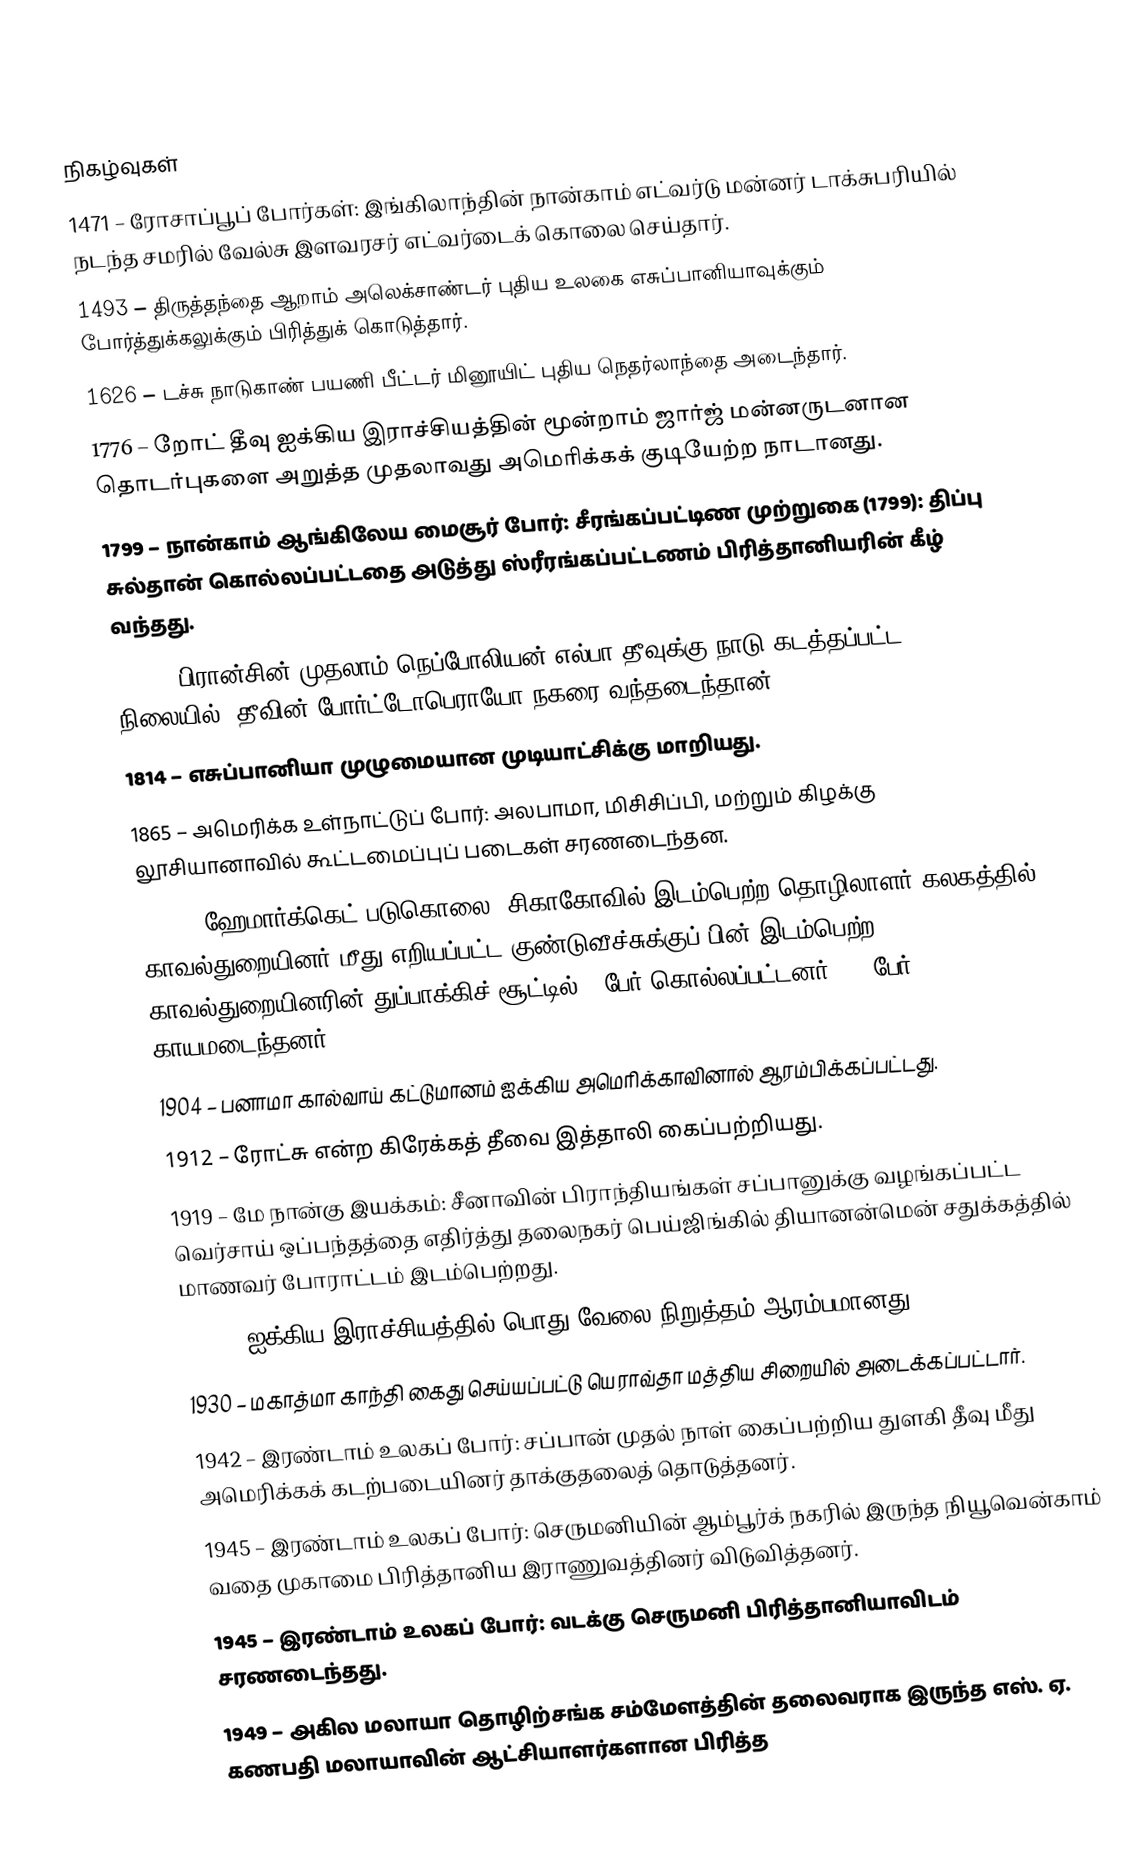

நிகழ்வுகள்
1471 – ரோசாப்பூப் போர்கள்: இங்கிலாந்தின் நான்காம் எட்வர்டு மன்னர் டாக்சுபரியில் நடந்த சமரில் வேல்சு இளவரசர் எட்வர்டைக் கொலை செய்தார்.
1493 – திருத்தந்தை ஆறாம் அலெக்சாண்டர் புதிய உலகை எசுப்பானியாவுக்கும் போர்த்துக்கலுக்கும் பிரித்துக் கொடுத்தார்.
1626 – டச்சு நாடுகாண் பயணி பீட்டர் மினூயிட் புதிய நெதர்லாந்தை அடைந்தார்.
1776 – றோட் தீவு ஐக்கிய இராச்சியத்தின் மூன்றாம் ஜார்ஜ் மன்னருடனான தொடர்புகளை அறுத்த முதலாவது அமெரிக்கக் குடியேற்ற நாடானது.
1799 – நான்காம் ஆங்கிலேய மைசூர் போர்: சீரங்கப்பட்டிண முற்றுகை (1799): திப்பு சுல்தான் கொல்லப்பட்டதை அடுத்து ஸ்ரீரங்கப்பட்டணம் பிரித்தானியரின் கீழ் வந்தது.
1814 – பிரான்சின் முதலாம் நெப்போலியன் எல்பா தீவுக்கு நாடு கடத்தப்பட்ட நிலையில், தீவின் போர்ட்டோபெராயோ நகரை வந்தடைந்தான்.
1814 – எசுப்பானியா முழுமையான முடியாட்சிக்கு மாறியது.
1865 – அமெரிக்க உள்நாட்டுப் போர்: அலபாமா, மிசிசிப்பி, மற்றும் கிழக்கு லூசியானாவில் கூட்டமைப்புப் படைகள் சரணடைந்தன.
1886 – ஹேமார்க்கெட் படுகொலை: சிகாகோவில் இடம்பெற்ற தொழிலாளர் கலகத்தில் காவல்துறையினர் மீது எறியப்பட்ட குண்டுவீச்சுக்குப் பின் இடம்பெற்ற காவல்துறையினரின் துப்பாக்கிச் சூட்டில் 8 பேர் கொல்லப்பட்டனர். 60 பேர் காயமடைந்தனர்.
1904 – பனாமா கால்வாய் கட்டுமானம் ஐக்கிய அமெரிக்காவினால் ஆரம்பிக்கப்பட்டது.
1912 – ரோட்சு என்ற கிரேக்கத் தீவை இத்தாலி கைப்பற்றியது.
1919 – மே நான்கு இயக்கம்: சீனாவின் பிராந்தியங்கள் சப்பானுக்கு வழங்கப்பட்ட வெர்சாய் ஒப்பந்தத்தை எதிர்த்து தலைநகர் பெய்ஜிங்கில் தியானன்மென் சதுக்கத்தில் மாணவர் போராட்டம் இடம்பெற்றது.
1926 – ஐக்கிய இராச்சியத்தில் பொது வேலை நிறுத்தம் ஆரம்பமானது.
1930 – மகாத்மா காந்தி கைது செய்யப்பட்டு யெராவ்தா மத்திய சிறையில் அடைக்கப்பட்டார்.
1942 – இரண்டாம் உலகப் போர்: சப்பான் முதல் நாள் கைப்பற்றிய துளகி தீவு மீது அமெரிக்கக் கடற்படையினர் தாக்குதலைத் தொடுத்தனர்.
1945 – இரண்டாம் உலகப் போர்: செருமனியின் ஆம்பூர்க் நகரில் இருந்த நியூவென்காம் வதை முகாமை பிரித்தானிய இராணுவத்தினர் விடுவித்தனர்.
1945 – இரண்டாம் உலகப் போர்: வடக்கு செருமனி பிரித்தானியாவிடம் சரணடைந்தது.
1949 – அகில மலாயா தொழிற்சங்க சம்மேளத்தின் தலைவராக இருந்த எஸ். ஏ. கணபதி மலாயாவின் ஆட்சியாளர்களான பிரித்த